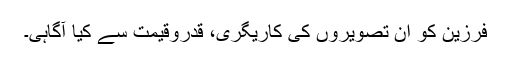
فرزین کو ان تصویروں کی کاریگری، قدروقیمت سے کیا آگاہی۔